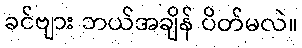
ခင်ဗျား ဘယ်အချိန် ပိတ်မလဲ။